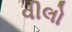
વીલો